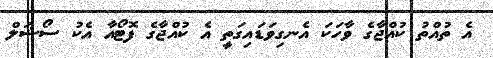
އެ ތުއްތު ކުއްޖާގެ ވާހަކަ އެނގިވަޑައިގަތީ އެ ކުއްޖާގެ ފޮޓޯއާ އެކު ސޯޝަލް